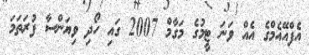
އެފްއޭއެމްގެ އެއް ވަނަ ޓީމުގެ މަގާމް 2007 ގައި ހޯދި ވިޔަންސާ ފުރަތަމަ